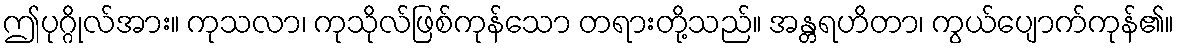
ဤပုဂ္ဂိုလ်အား။ ကုသလာ၊ ကုသိုလ်ဖြစ်ကုန်သော တရားတို့သည်။ အန္တရဟိတာ၊ ကွယ်ပျောက်ကုန်၏။